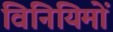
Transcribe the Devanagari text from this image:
विनियिमों